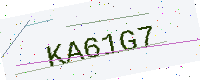
Text: KA61G7